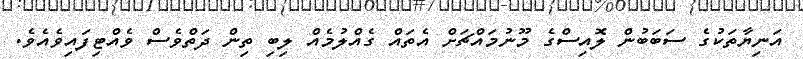
އަނިޔާތަކުގެ ސަބަބުން ލޮއިސްގެ މޫނުމައްޗަށް އެތައް ގެއްލުމެއް ލިބި ތިން ދަތްވެސް ވެއްޓިފައިވެއެވެ.